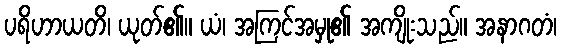
ပရိဟာယတိ၊ ယုတ်၏။ ယံ၊ အကြင်အမှု၏ အကျိုးသည်။ အနာဂတံ၊